Payment of grants by instalments. (School boards), 1912
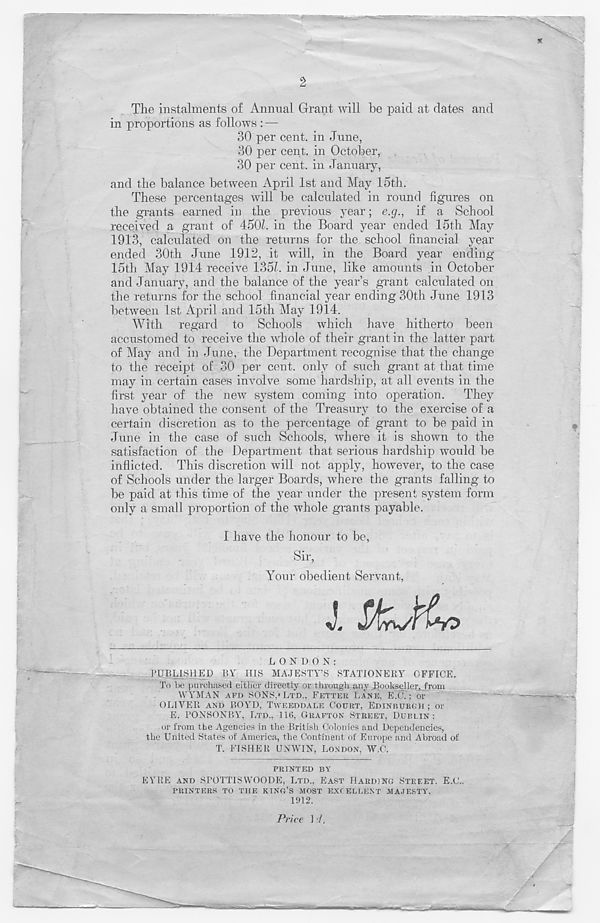
2
The instalments of Annual Grant Avill be paid at dates and
in proportions as follows : —
30 per cent, in June,
30 per cent, in October,
30 per cent, in January,
and the balance between April 1st and May 15th.
These percentages will be calculated in round figures on
the grants earned in the previous year; e.g., if a School
received a grant of 450b in the Board year ended 15th May
1913, calculated on the returns for the school financial year
ended 30th June 1912, it will, in the Board year ending
15th May 1914 receive 135b in June, like amounts in October
and January, and the balance of the year’s grant calculated on
the returns for the school financial year ending 30th June 1913
between 1st April and 15th May 1914.
With regard to Schools which have hitherto been
accustomed to receive the whole of their grant in the latter part
of May and in June, the Department recognise that the change
to the receipt of 30 per cent, only of such grant at that time
may in certain cases involve some hardship, at all events in the
first year of the new system coming into operation. They
have obtained the consent of the Treasury to the exercise of a
certain discretion as to the percentage of grant to be paid in
June in the case of such Schools, where it is shown to the
satisfaction of the Department that serious hardship would be
inflicted. This discretion will not apply, however, to the case
of Schools under the larger Boards, where the grants falling to
be paid at this time of the year under the present system form
only a small proportion of the whole grants payable.
I have the honour to be.
Sir,
Your obedient Servant,
J. SfcJj&Y?
LONDON:
PUBLISHED BY HIS MAJESTY’S STATIONERY OFFICE.
To be purchased either directly or through any Bookseller,.from
WYMAN APD SONS,* LTD., FETTER LANE, E.C.; or
OLIVER AND BOYD, TWEEDDALE COURT, EDINBURGH ; or
E. PONSONBY, LTD., 116, GRAFTON STREET, DUBLIN:
or from the Agencies in the British Colonies and Dependencies,
the United States of America, the Continent of Europe and Abroad of
T. FISHER UNWIN, LONDON, W.C.
PRINTED BY
EYRE AND SPOTTISWOODE, LTD., EAST HARDING STREET. E.C..
PRINTERS TO THE KING’S MOST EXCELLENT MAJESTY.
1912.